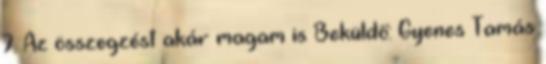
7. Az összegzést akár magam is Beküldő: Gyenes Tamás